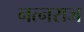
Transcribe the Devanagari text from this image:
नत्नराज